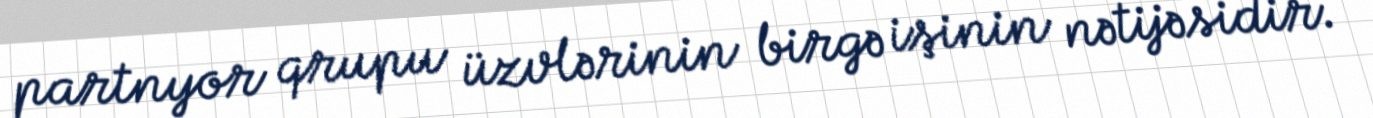
partnyor qrupu üzvlərinin birgə işinin nətijəsidir.